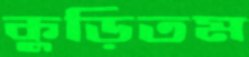
কুড়িতম